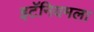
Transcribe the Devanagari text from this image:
इटॅनियमला